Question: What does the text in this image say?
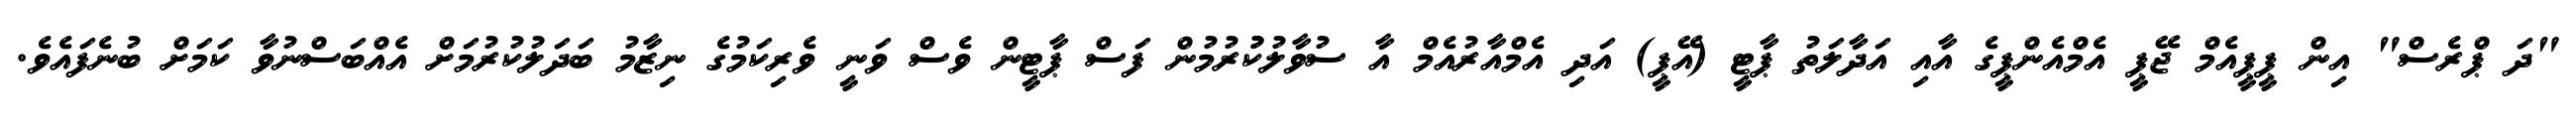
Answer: "ދަ ޕްރެސް" އިން ޕީޕީއެމް ޖޭޕީ އެމްއެންޕީގެ އާއި އަދާލަތު ޕާޓީ (އޭޕީ) އަދި އެމްއާރުއެމް އާ ސުވާލުކުުރުމުން ފަސް ޕާޓީން ވެސް ވަނީ ވެރިކަމުގެ ނިޒާމު ބަދަލުކުރުމަށް އެއްބަސްނުވާ ކަމަށް ބުނެފައެވެ.